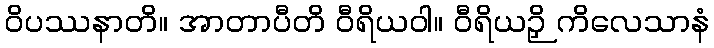
ဝိပဿနာတိ။ အာတာပီတိ ဝီရိယဝါ။ ဝီရိယဉှိ ကိလေသာနံ